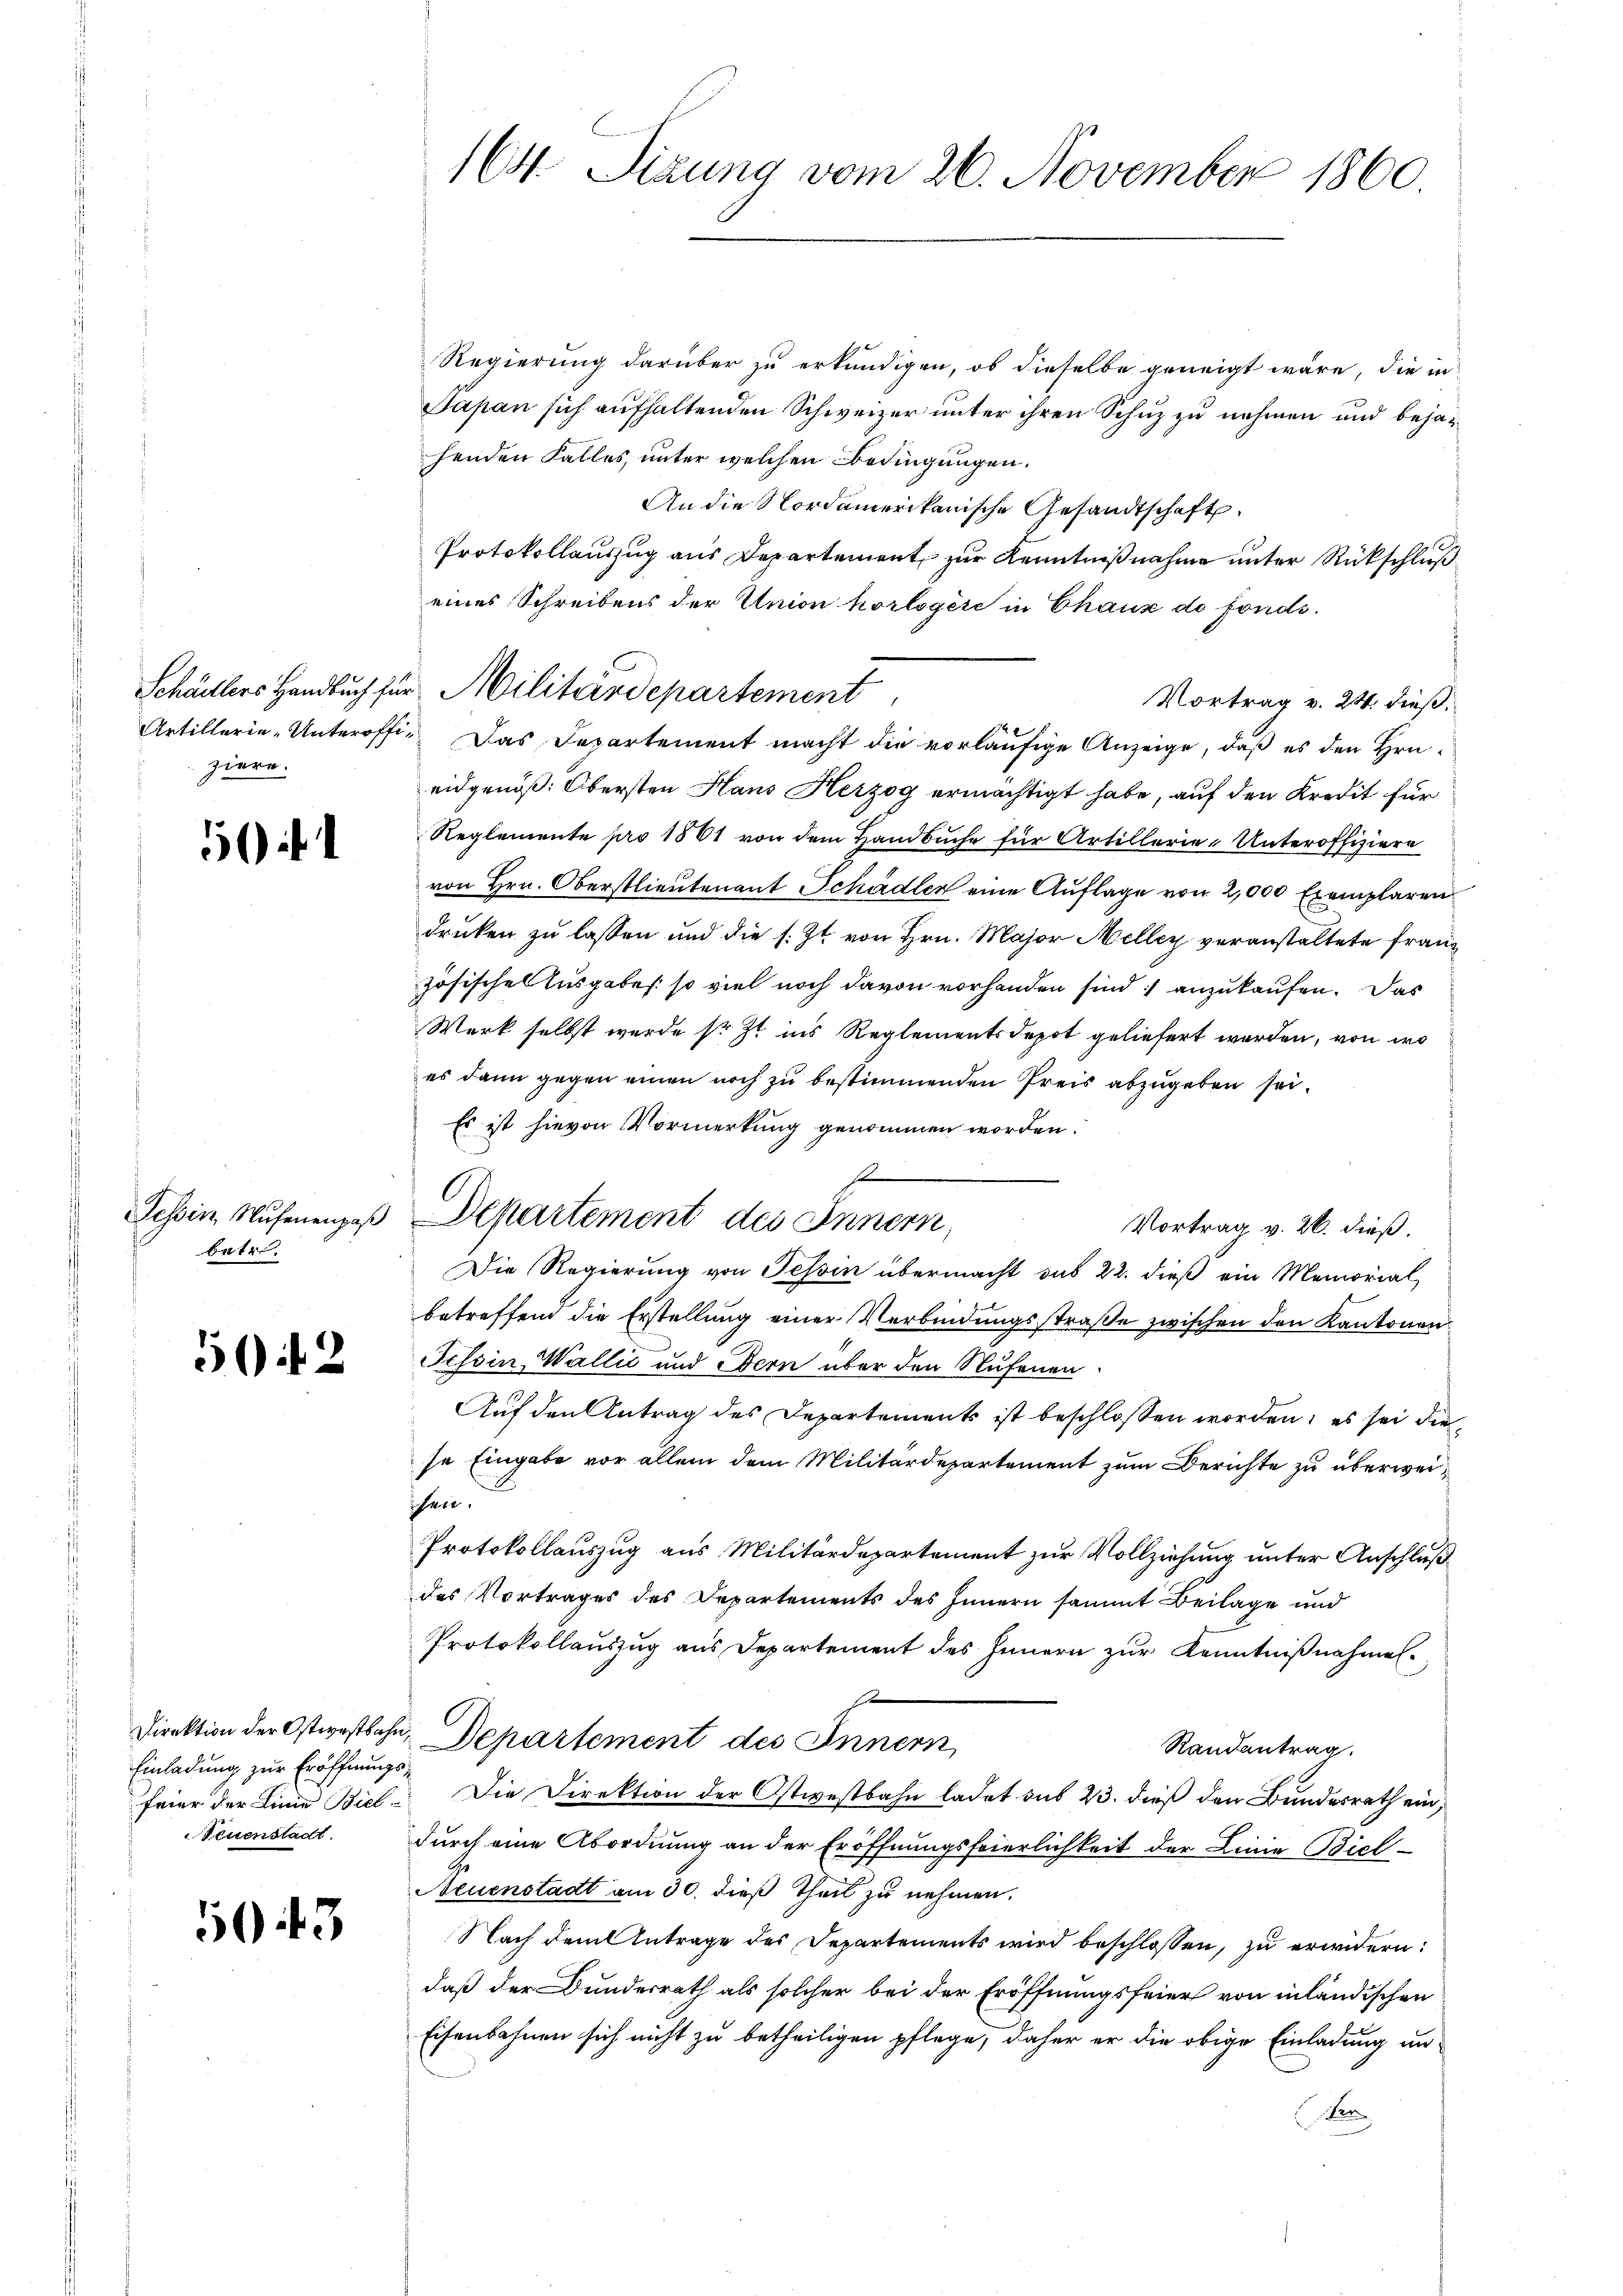
ziere.

5f

betr.

50 f 2

Direktion der Ostwestbahn,
Einladung zur Eröffnungs¬
Teuenstadt.

5043

Regierung darüber zu erkundigen, ob dieselbe geneigt wäre, die in
Papan sich aufhaltenden Schweizer unter ihren Schuz zu nehmen und bejahenden Falles, unter welchen Bedingungen.
An die Nordamerikanische Gesandtschaft
Protokollauszug aus Departement zur Kenntnißnahme unter Rückschluß
eines Schreibens der Union horlogère in Chaus de fonds.
Vortrag v. 24. dieß.
Artillerie-Unteroffe. Das Departement macht die vorläufige Anzeige, daß es den Hrneidgenöß: Obersten Hans Herzog ermächtigt habe, auf den Kredit für
Reglemente pro 1861 von dem Handbuche für Artillerie-Unteroffiziere
von Hrn. Oberstlieutenant Schädler eine Auflage von 2,000 Exemplaren
druken zu lassen und die s. Zt. von Hrn. Major Meller veranstaltete Franz
zösische Ausgabes. so viel noch davon vorhanden sind anzukaufen. Das
Werk selbst wurde sr. Zt. ins Reglements depot geliefert werden, von wo
es dann gegen einen noch zu bestimmenden Preis abzugeben sei.
Es ist hievon Vormerkung genommen worden.
f
Vortrag v. 26. dieß.
Die Regierung von Tessin übermacht das 22. dieß ein Memorial
betreffend die Erstellung einer Verbindungsstraße zwischen den Kantonen
Tessin, Wallić und Bern über den Stufenen
Auf den Antrag des Departements ist beschlossen worden; es sei die
se Eingabe vor allem dem Militärdepartement zum Berichte zu überweiihen.
Protokollauszug aus Militärdepartement zur Vollziehung unter Anschluß
des Vortrages des Departements des Innern sammt Beilage und
Protokollauszug aus Departement des Innern zur Kenntnißnahmen.
se
Departement des Innern
Randentrag.
feier der Linie Biel. Die Direktion der Ostwestbahn ladet sub 23. dieß den Bundesrath ein,
durch eine Abordnung an der Eröffnungsfeierlichkeit der Linie Biel
Neuenstadt am 30. dieß Theil zu nehmen.
Nach damit Antrage des Departements wird beschlossen, zu erwidern:
daß der Bundesrath als solcher bei der Eröffnungsfeier von inländischen
Eisenbahnen sich nicht zu betheiligen pflege, daher er die obige Einladung un
n

164. Sizung vom 26. November 1860.

Schädlers Handbuch für Militärdepartement

Tessin, Museenges Departement des Innern,